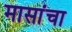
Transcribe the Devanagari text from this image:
मासांचा